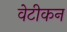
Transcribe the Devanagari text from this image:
वेटीकन